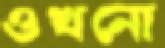
ওখনো